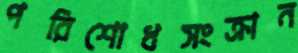
পরিশোধসংক্রান